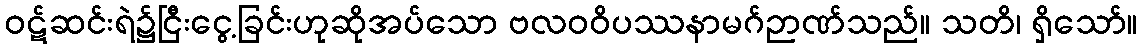
ဝဋ်ဆင်းရဲ၌ငြီးငွေ့ခြင်းဟုဆိုအပ်သော ဗလဝဝိပဿနာမဂ်ဉာဏ်သည်။ သတိ၊ ရှိသော်။